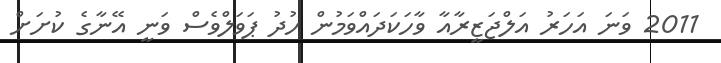
2011 ވަނަ އަހަރު އަލްޖަޒީރާއާ ވާހަކަދައްވަމުން ހުދު ޕަވަލްވެސް ވަނީ އޭނާގެ ކުށަށް